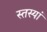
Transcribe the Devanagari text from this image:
स्तस्यां